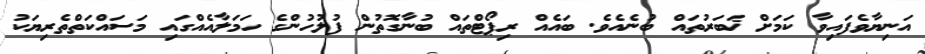
އަނިޔާވެފައިވާ ކަމަށް ޚަބަރުތައް ބުނެއެވެ. ބައެއް ރިޕޯޓްތައް ބުނާގޮތުން ފުލުހުންގެ ހަމަލާއެއްގައި މަސައްކަތްތެރިޔަކު